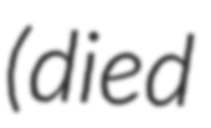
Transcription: (died